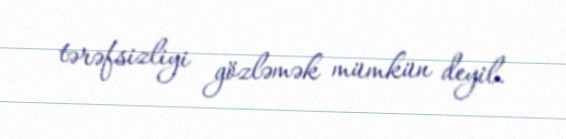
tərəfsizliyi gözləmək mümkün deyil.